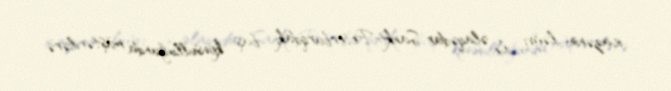
icazənin ləğvi ilə əlaqədar Sankt-Peterburqdakı baş konsulluğunda müştərilərə